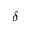
\delta